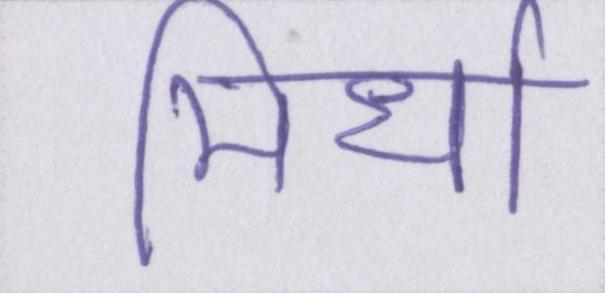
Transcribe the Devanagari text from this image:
मिर्धा